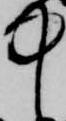
中